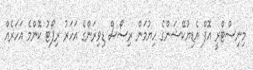
މިނިސްޓްރީ އޮފް އެޑިޔުކޭޝަންގެ ހިޔުމަން ރިސޯސް ޑިވިޜަންގެ އަހަރު ރިޕޯޓު ކޮންމެ އަހަރެއް